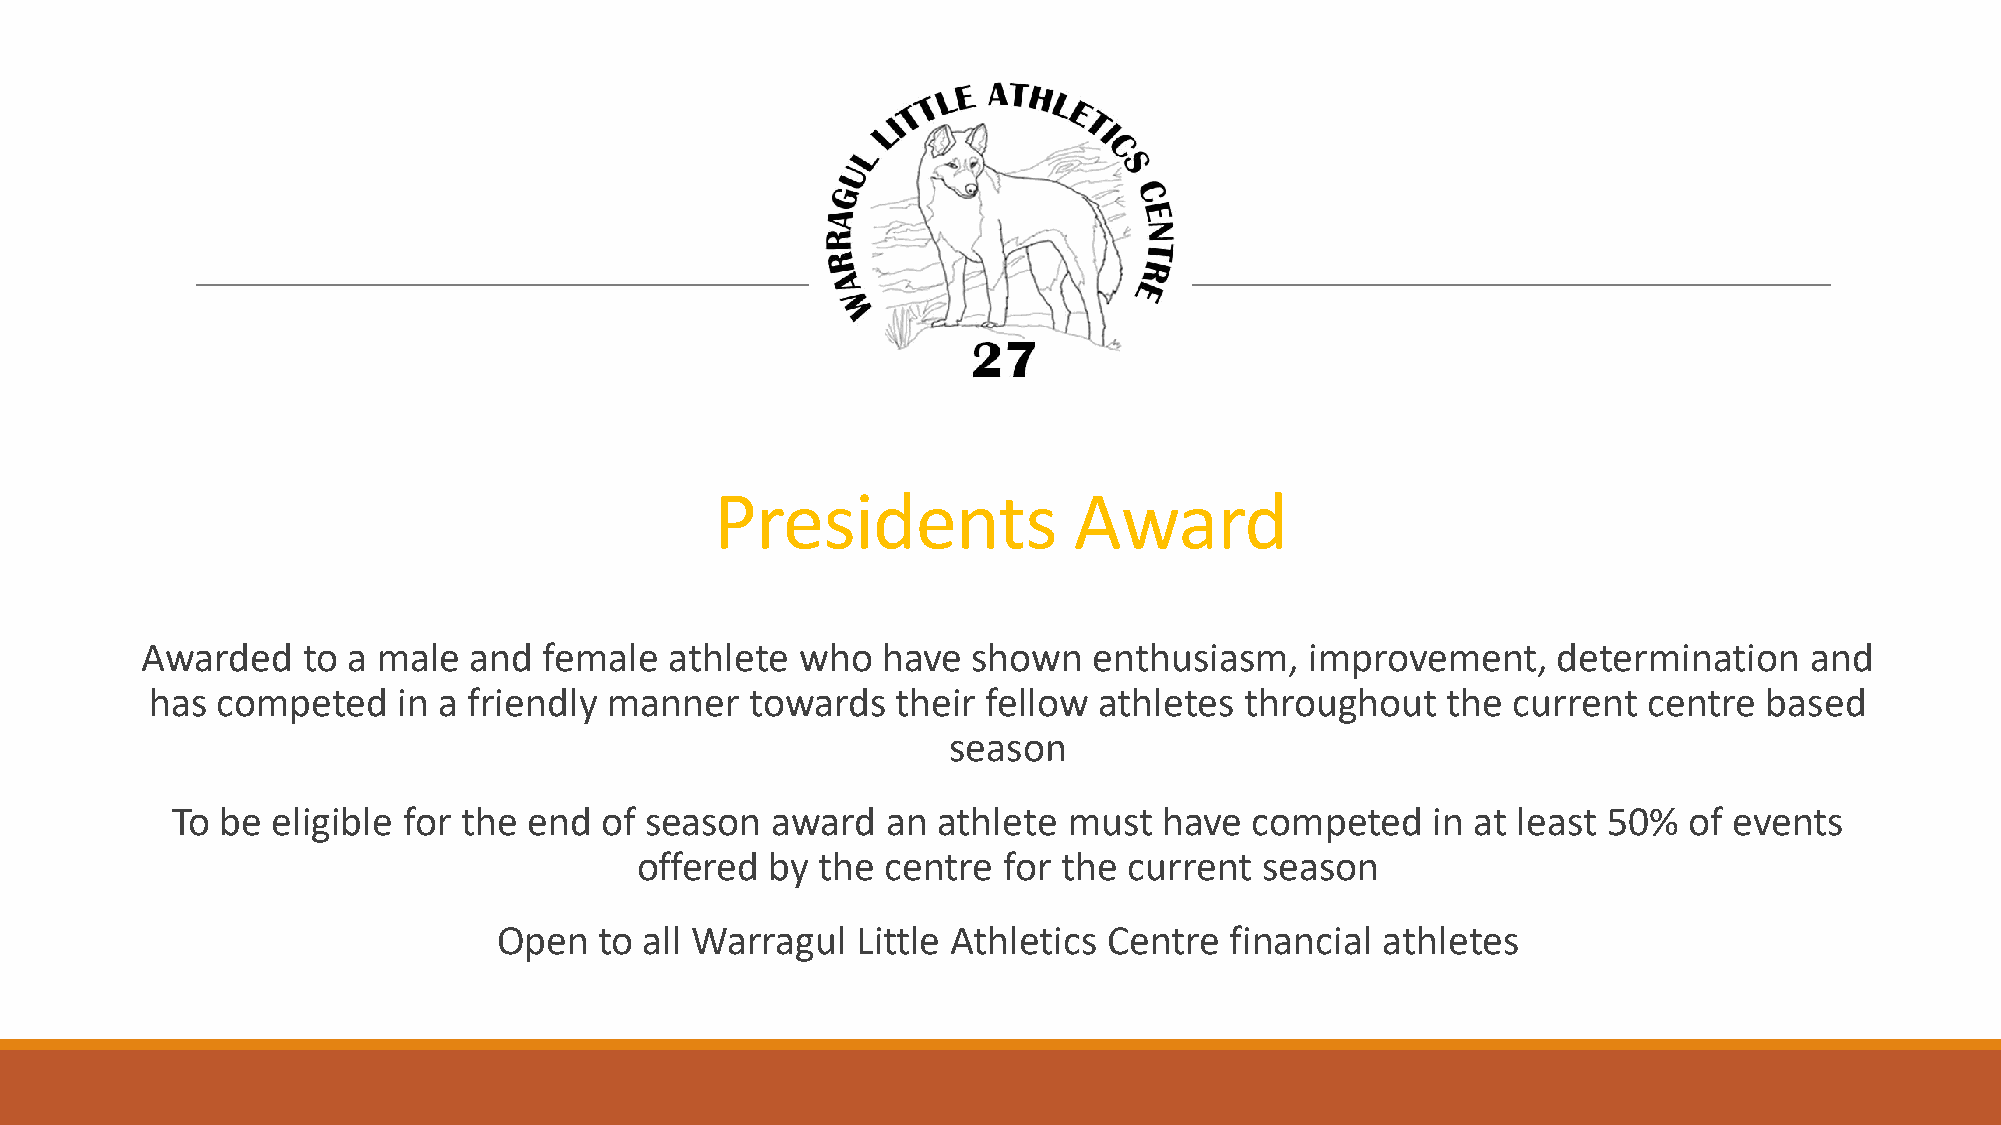
Presidents              Award
 Awarded    to a male  and  female  athlete  who  have  shown   enthusiasm,    improvement,    determination    and
 has competed    in a friendly manner    towards  their fellow  athletes throughout    the current  centre  based
 season
 To  be eligible for the end  of season  award   an athlete  must  have  competed    in at least 50%  of events
 offered  by the  centre for the  current season
 Open   to all Warragul  Little Athletics Centre financial  athletes